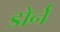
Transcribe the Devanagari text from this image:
डोर्न